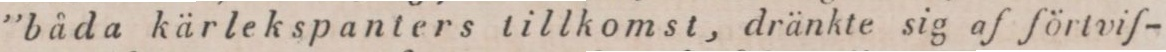
”båda kärlekspanters tillkomst, dränkte sig af förtvif-